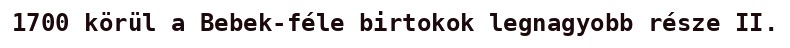
1700 körül a Bebek-féle birtokok legnagyobb része II.